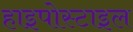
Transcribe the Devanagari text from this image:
हाइपोस्टाइल